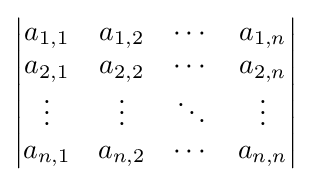
{\begin{vmatrix}a_{1,1}&a_{1,2}&\cdots &a_{1,n}\\a_{2,1}&a_{2,2}&\cdots &a_{2,n}\\\vdots &\vdots &\ddots &\vdots \\a_{n,1}&a_{n,2}&\cdots &a_{n,n}\end{vmatrix}}